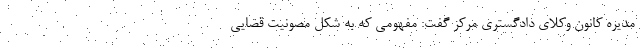
مدیره کانون وکلای دادگستری مرکز گفت: مفهومی که به شکل مصونیت قضایی